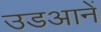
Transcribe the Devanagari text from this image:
उडआनें